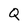
Character: Q